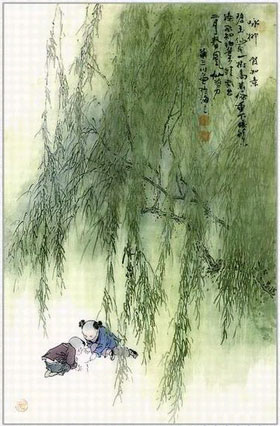
往年同在鸾桥上，见倚朱阑咏柳绵。